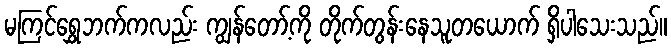
မကြင်ရွှေဘက်ကလည်း ကျွန်တော့်ကို တိုက်တွန်းနေသူတယောက် ရှိပါသေးသည်။